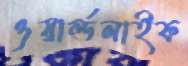
ওয়ার্ল্ডলাইফ